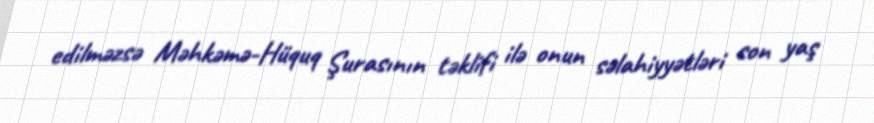
edilməzsə Məhkəmə-Hüquq Şurasının təklifi ilə onun səlahiyyətləri son yaş